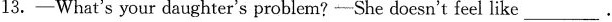
13.一What's your daughter's problem?-She doesn't feel like___.